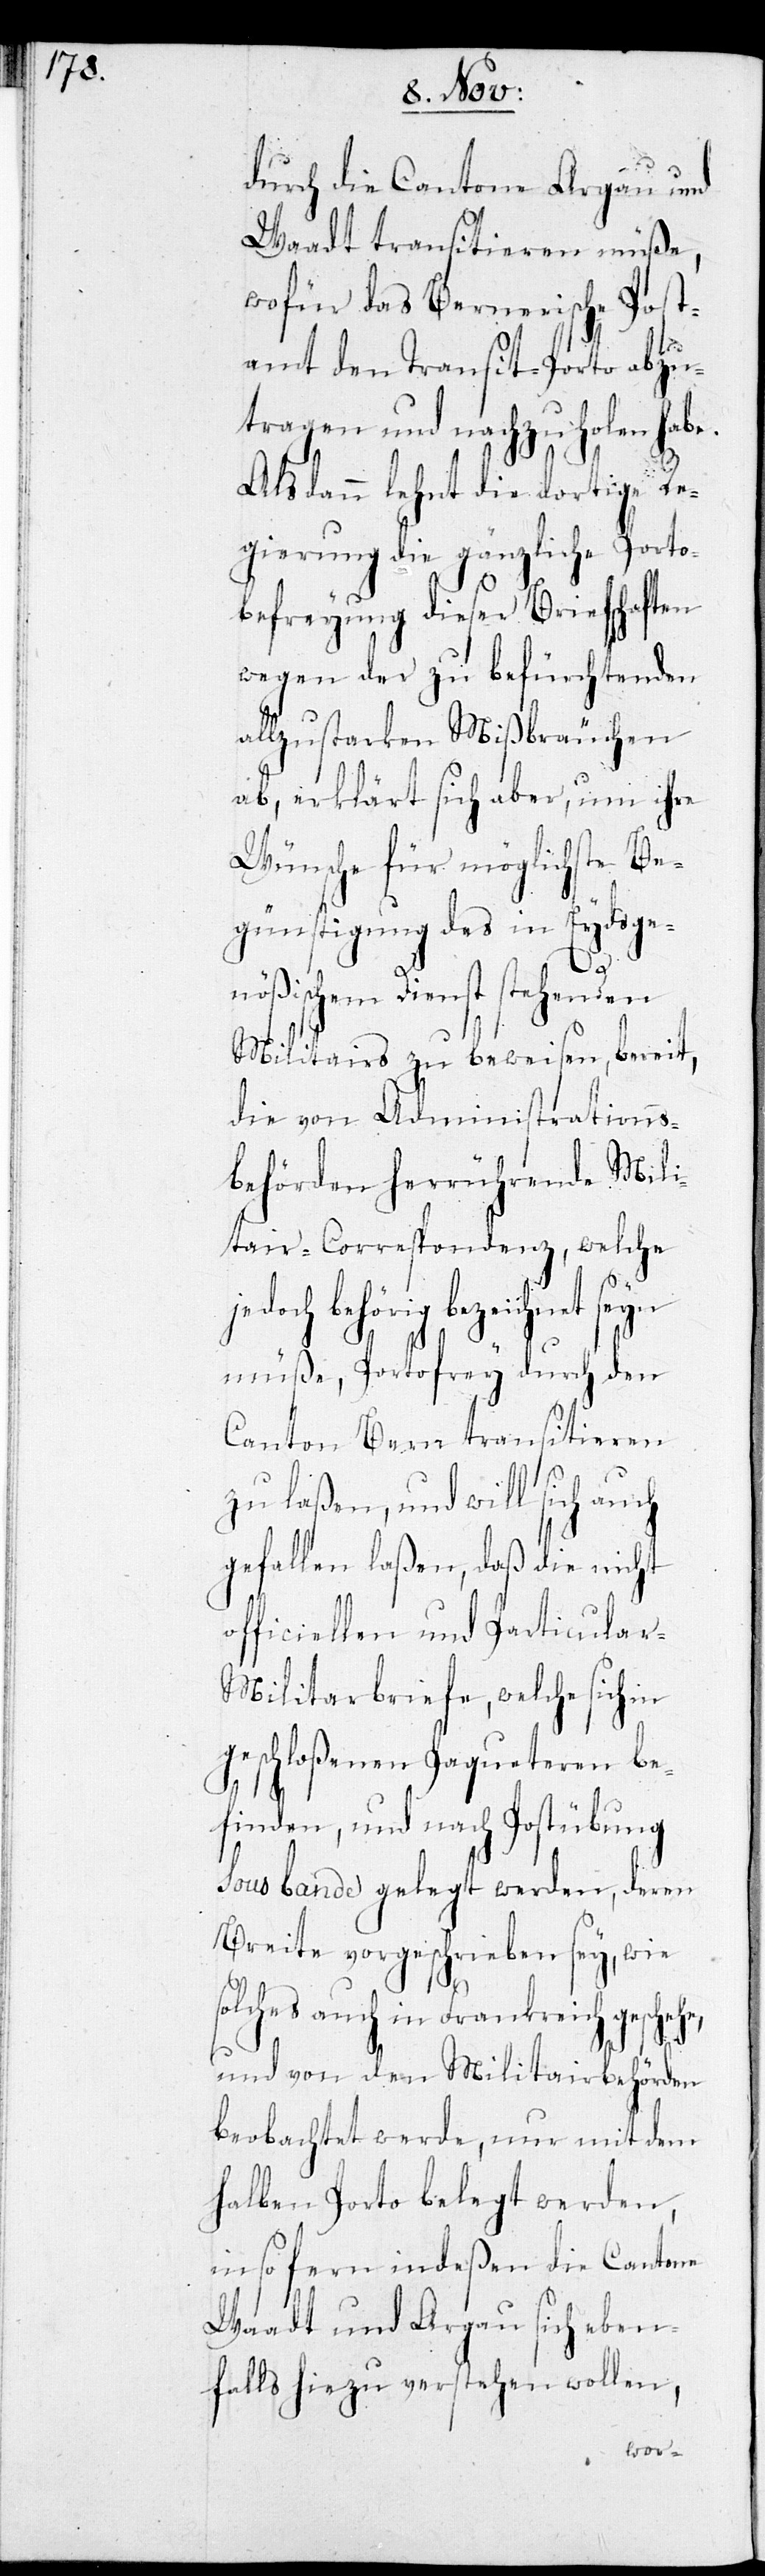
durch die Cantone Aargau und
Waadt transitieren müße,
wofür das Bernerische Post¬
amt den Transit-Porto abzu¬
tragen und nachzuholen habe.
Als dann lehnt die dortige Re¬
gierung die gänzliche Porto¬
befreyung dieser Briefschaften
wegen der zu befürchtenden
allzustarken Mißbräuchen
ab, erklärt sich aber, um ihre
Wünsche für möglichste Be¬
günstigung des in Eydsge¬
nößischem Dienst stehenden
Militairs zu beweisen, bereit,
die von Administrations¬
behörden herrührende Mili¬
tair-Correspondenz, welche
behörig bezeichnet seyn
müße, Portofrey durch den
Canton Bern transitieren
zu laßen, und will sich auch
gefallen laßen, daß die nicht
officiellen und Particular-M¬
ilitarbriefe, welche sich in
geschloßenen Paqueten be¬
finden, und nach Postübung
sous bande gelegt werden, deren
Breite vorgeschrieben sey, wie
lches auch in Frankreich gescheh¬
und von den Militairbehörden
beobachtet werde, nur mit dem
halben Porto belegt werden,
insofern indeßen die Cantone
Waadt und Aargau sich eben¬
falls hiezu verstehen wollen,
e,